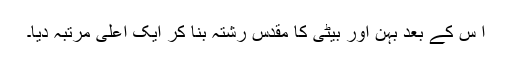
ا س کے بعد بہن اور بیٹی کا مقدس رشتہ بنا کر ایک اعلیٰ مرتبہ دیا۔